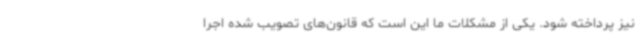
نیز پرداخته شود. یکی از مشکلات ما این است که قانون‌های تصویب شده اجرا